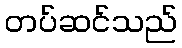
တပ်ဆင်သည်